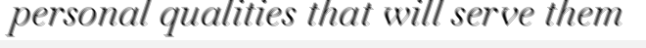
personal qualities that will serve them